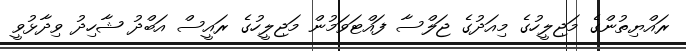
ރައްޔިތުންގެ މަޖިލީހުގެ މިއަދުގެ ޖަލްސާ ފައްޓަވަމުން މަޖިލީހުގެ ރައީސް އަބްދު ޝާހިދު ވިދާޅުވީ